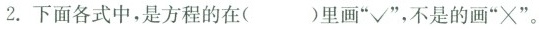
2.下面各式中，是方程的在（）里画“√”，不是的画“×”。